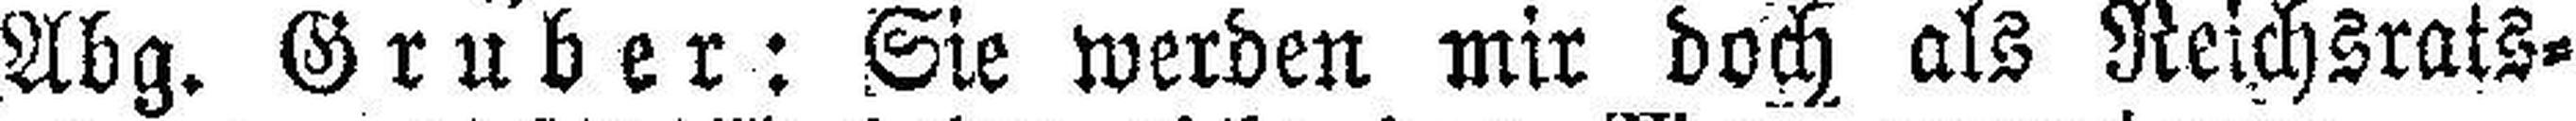
Abg. Gruber: Sie werden mir doch als Reichsrats¬